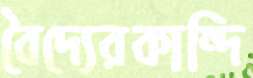
বৈদ্যেরকান্দি